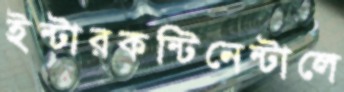
ইন্টারকন্টিনেন্টালে